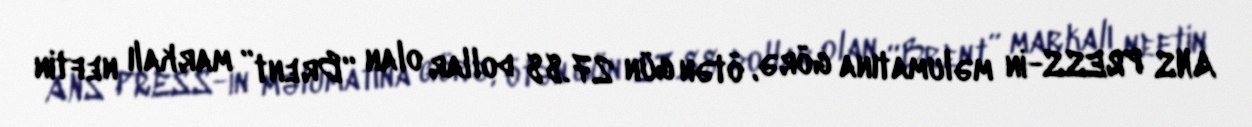
ANS PRESS-in məlumatına görə, ötən gün 27.88 dollar olan “Brent” markalı neftin